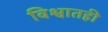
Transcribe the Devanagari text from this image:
विश्वातही